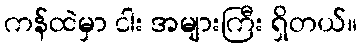
ကန်ထဲမှာ ငါး အများကြီး ရှိတယ်။